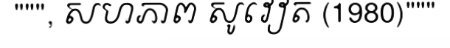
""", សហភាព សូវៀត (1980)"""